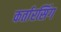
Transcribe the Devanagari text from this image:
कर्तारसिंग